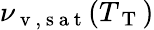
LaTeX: \nu_{\mathrm{~v~,~s~a~t~}}(T_{\mathrm{~T~}})